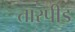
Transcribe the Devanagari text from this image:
तारपीड